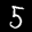
Digit: 5